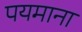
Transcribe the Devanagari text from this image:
पयमाना